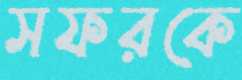
সফরকে